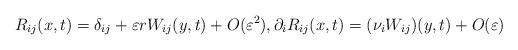
LaTeX: \begin{align*} R_{ij}(x,t) = \delta_{ij}+\varepsilon rW_{ij}(y,t)+O(\varepsilon^2), \partial_iR_{ij}(x,t) = (\nu_iW_{ij})(y,t)+O(\varepsilon)\end{align*}